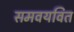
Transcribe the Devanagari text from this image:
समवयवित